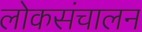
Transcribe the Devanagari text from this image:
लोकसंचालन